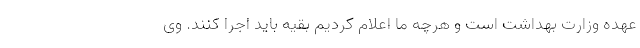
عهده وزارت بهداشت است و هرچه ما اعلام کردیم بقیه باید اجرا کنند. وی